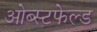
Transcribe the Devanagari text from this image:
ओब्स्टफेल्ड